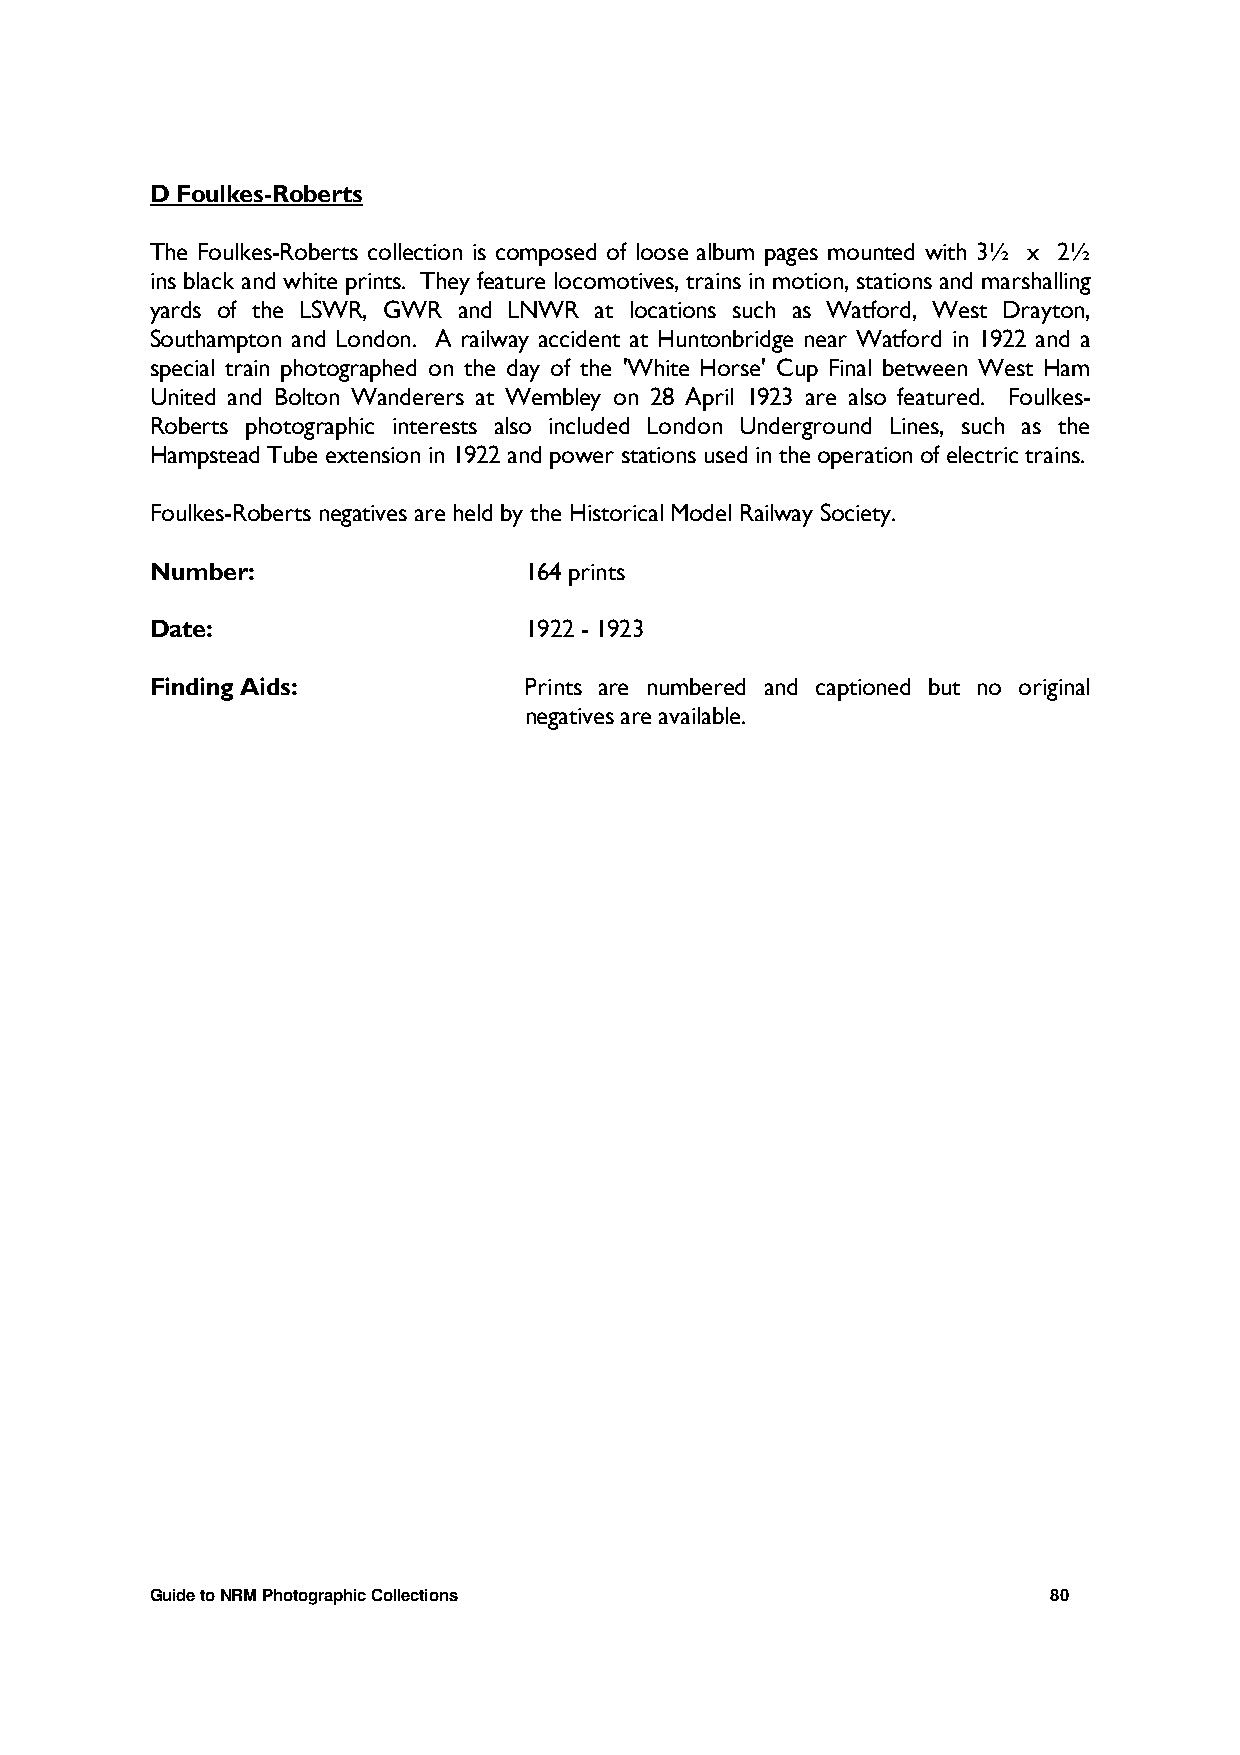
D Foulkes-Roberts
 The Foulkes-Roberts collection is composed of loose album pages mounted with 3½ x 2½
 ins black and white prints. They feature locomotives, trains in motion, stations and marshalling
 yards of the LSWR, GWR and LNWR at locations such as Watford, West Drayton,
 Southampton and London. A railway accident at Huntonbridge near Watford in 1922 and a
 special train photographed on the day of the 'White Horse' Cup Final between West Ham
 United and Bolton Wanderers at Wembley on 28 April 1923 are also featured. Foulkes-
 Roberts photographic interests also included London Underground Lines, such as the
 Hampstead Tube extension in 1922 and power stations used in the operation of electric trains.
 Foulkes-Roberts negatives are held by the Historical Model Railway Society.
 Number:                  164 prints
 Date:                    1922 - 1923
 Finding Aids:            Prints are numbered and captioned but no original
 negatives are available.
 Guide to NRM Photographic Collections                       80